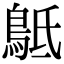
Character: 𪀍